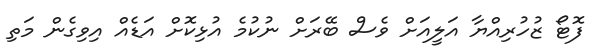
ފޮޓޯ ޒުހުރިއްޔާ އަލީއަށް ވެސް ބޭރަށް ނުކުމެ އުޅިކޮށް އަޑެއް އިވިގެން މަތި